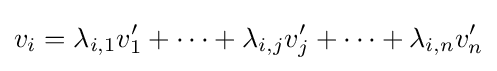
v_{i}=\lambda _{i,1}v'_{1}+\dots +\lambda _{i,j}v'_{j}+\dots +\lambda _{i,n}v'_{n}